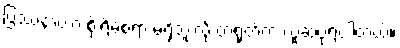
ပြဿနာဟာ စိုးရိမ်စရာ မရှိဘူးလို့ တရုတ်က ယူဆပုံရပါတယ်။